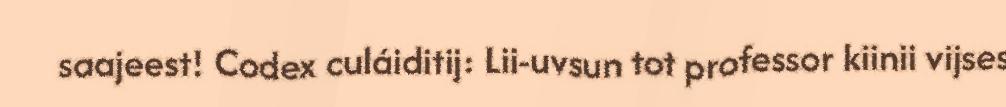
saajeest! Codex culáiditij: Lii-uvsun tot professor kiinii vijses